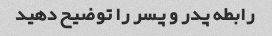
رابطه پدر و پسر را توضیح دهید